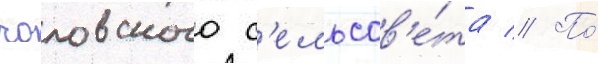
чоловского с'ельсов'е́та // По́